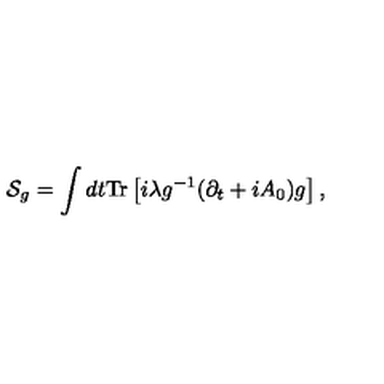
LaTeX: { \cal S } _ { g } = \int d t \mathrm { T r } \left[ i \lambda g ^ { - 1 } ( \partial _ { t } + i A _ { 0 } ) g \right] ,